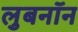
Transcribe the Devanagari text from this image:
लुबनॉन